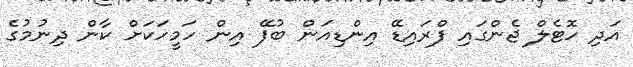
އަދި ހޮޓެލް ޖެންގައި ފްރައިޑޭ އިންޑިއަން ބުފޭ އިން ހަމީހަކަށް ކާން ދިނުމުގެ